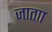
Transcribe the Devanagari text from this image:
जाताा